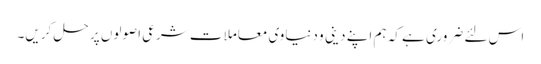
اس لئے ضروری ہے کہ ہم اپنے دینی و دنیاوی معاملات شرعی اصولوں پر حل کریں۔